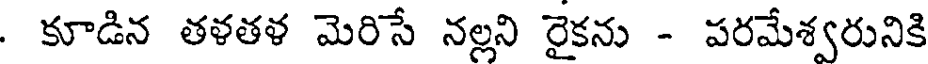
. కూడిన తళతళ మెరిసే నల్లని రైకను - పరమేశ్వరునికి